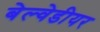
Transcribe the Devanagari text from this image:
बेल्वेडीयर